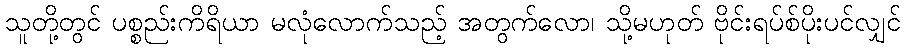
သူတို့တွင် ပစ္စည်းကိရိယာ မလုံလောက်သည့် အတွက်လော၊ သို့မဟုတ် ဗိုင်းရပ်စ်ပိုးပင်လျှင်